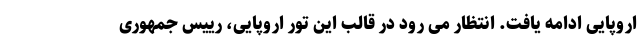
اروپایی ادامه یافت. انتظار می رود در قالب این تور اروپایی، رییس جمهوری